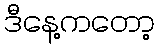
ဒီနေ့ကတော့